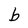
Character: b